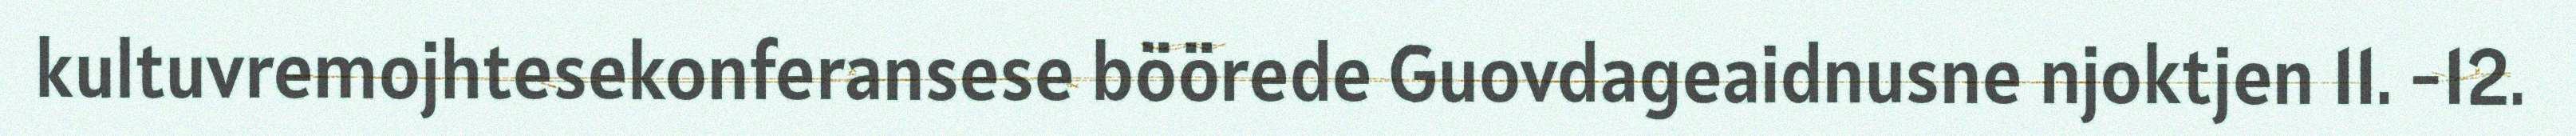
kultuvremojhtesekonferansese böörede Guovdageaidnusne njoktjen 11. -12.